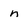
Character: n